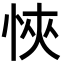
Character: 悏